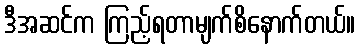
ဒီအဆင်က ကြည့်ရတာမျက်စိနောက်တယ်။